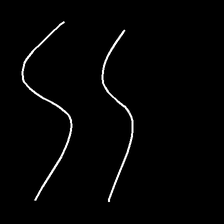
Glyph: float